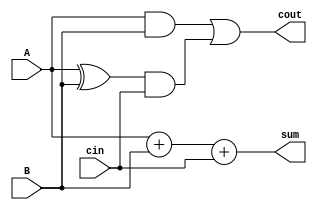
module bit_adder(output sum, output cout, input A, input B, input cin);
assign sum = A + B + cin;
assign cout = (A & B) || (A ^ B) & cin;
endmodule

module four_bit_adder(output [3:0]sum, output cout, input [3:0]A, input [3:0]B, input cin);
wire w[3:0];
assign cout = w[3];
bit_adder ba0(sum[0],w[0],A[0],B[0],cin);
bit_adder ba1(sum[1],w[1],A[1],B[1],w[0]);
bit_adder ba2(sum[2],w[2],A[2],B[2],w[1]);
bit_adder ba3(sum[3],w[3],A[3],B[3],w[2]);

endmodule

// testbench
module bit_adder_tb;
wire [3:0] sum;
wire cout;
reg [3:0] A;
reg [3:0] B;
reg cin;
four_bit_adder ba(sum,cout,A,B,cin);
integer i,j,k;

initial
begin
    A=0;
    B=0;
    cin=0;
end

initial
begin
for(i=0;i<=15;i=i+1)
begin
    for(j=0;j<=15;j=B+1)
    begin
        for(k=0;k<=1;k=k+1)
        begin
            #5 A=i;B=j;cin=k; 
        end
    end
end
end
initial
$monitor($time," A=%b,B=%b,Cin=%b,Sum=%b,Cout=%b",A,B,cin,sum,cout);
endmodule